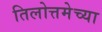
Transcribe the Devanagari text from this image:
तिलोत्तमेच्या